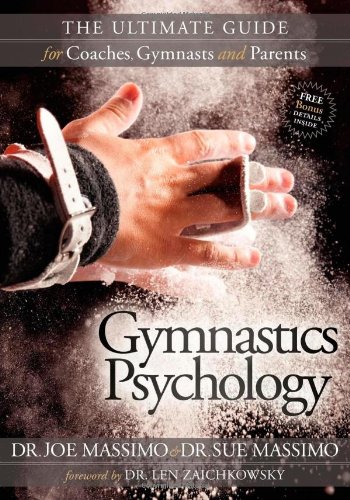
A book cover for Gymnastics Psychology: The Ultimate Guide for Coaches, Gymnasts and Parents; Joe Massimo; Sports & Outdoors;